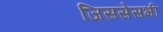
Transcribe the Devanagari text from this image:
जिससेसभी